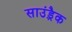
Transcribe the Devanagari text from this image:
साउंड़्रैक